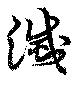
滅